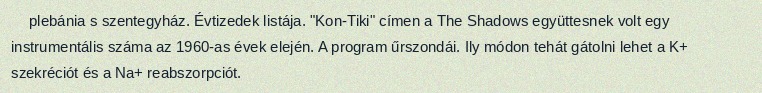
plebánia s szentegyház. Évtizedek listája. "Kon-Tiki" címen a The Shadows együttesnek volt egy instrumentális száma az 1960-as évek elején. A program űrszondái. Ily módon tehát gátolni lehet a K+ szekréciót és a Na+ reabszorpciót.